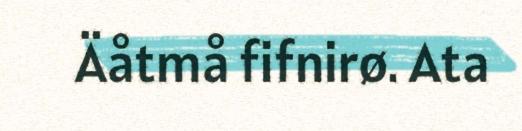
Äåtmå fifnirø. Ata